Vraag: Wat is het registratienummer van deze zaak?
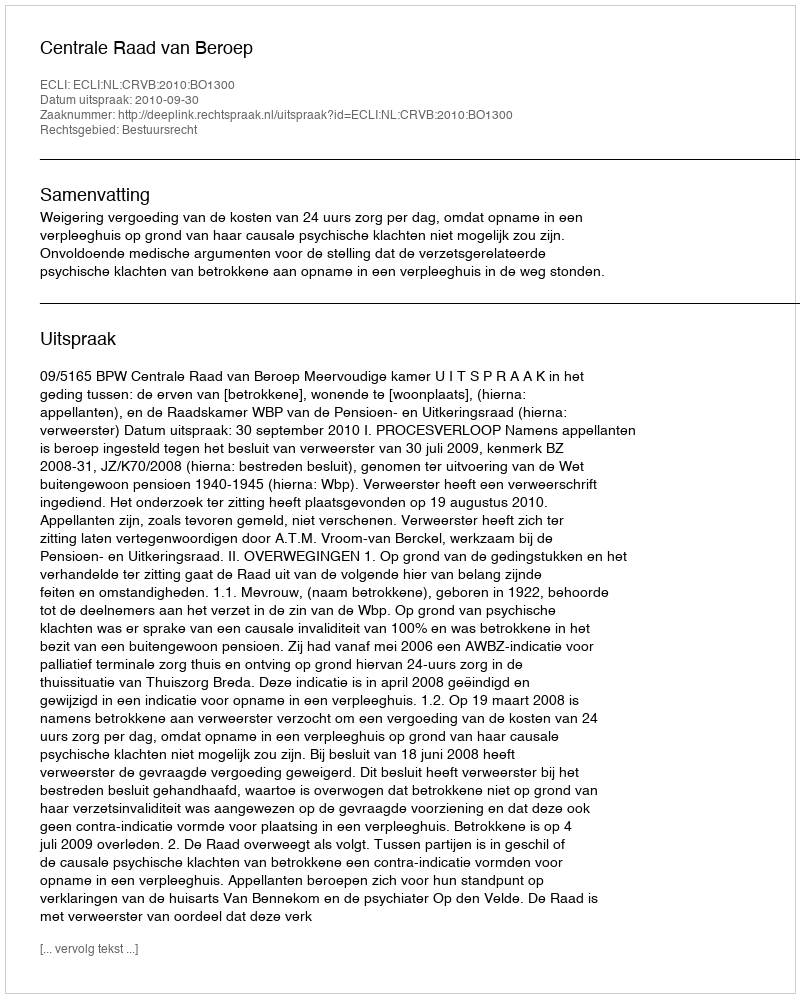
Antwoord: http://deeplink.rechtspraak.nl/uitspraak?id=ECLI:NL:CRVB:2010:BO1300